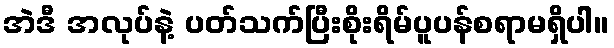
အဲဒီ အလုပ်နဲ့ ပတ်သက်ပြီးစိုးရိမ်ပူပန်စရာမရှိပါ။